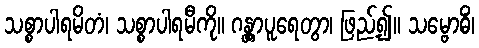
သစ္စာပါရမိတံ၊ သစ္စာပါရမီကို။ ဂန္တွာပူရေတွာ၊ ဖြည့်၍။ သမ္ဗောဓိံ၊